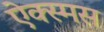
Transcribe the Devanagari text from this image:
ऐक्स्मस